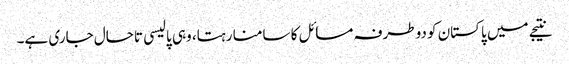
نتیجے میں پاکستان کو دوطرفہ مسائل کا سامنا رہتا، وہی پالیسی تاحال جاری ہے۔